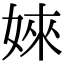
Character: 婡